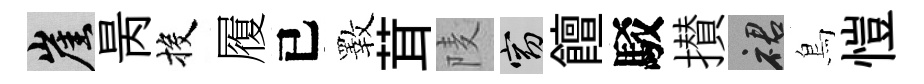
崖昺投履已斁茸𨹧窈饘駁攅裙鳥愷